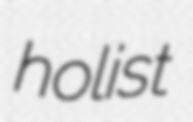
holist